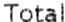
TOTAL